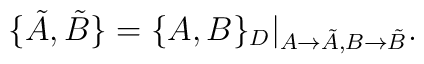
\{\tilde{A},\tilde{B}\}=\{A,B\}_{D}|_{A\rightarrow \tilde{A},B\rightarrow \tilde{B}}.